Lunatic asylums Central Provinces reports 1910-1926 - 1910-1926
Year: 1910
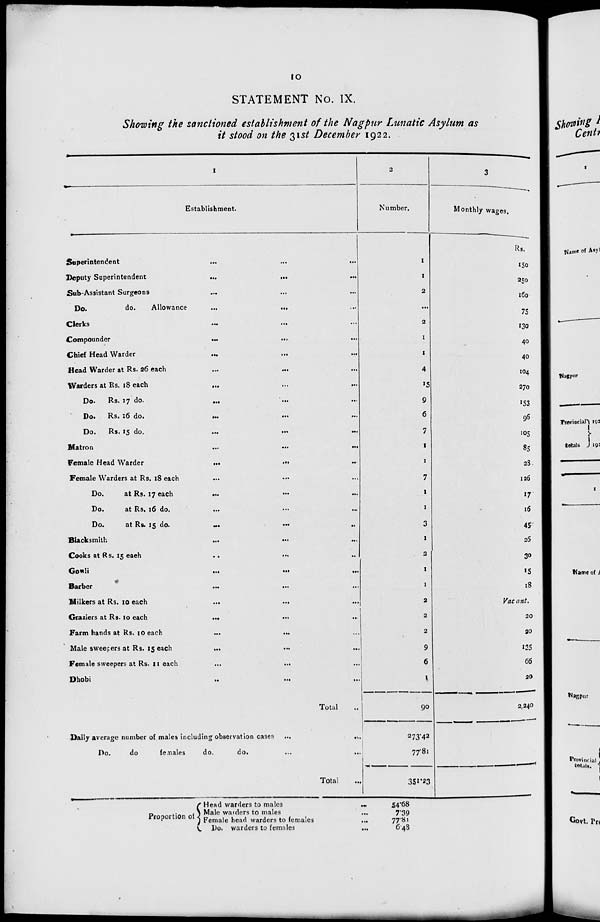
10
STATEMENT No. IX.
Showing the sanctioned establishment of the Nagpur Lunatic Asylum as
it stood on the 31st December 1922.
1
Establishment.
Superintendent ... ... ...
Deputy Superintendent
...
... ...
Sub-Assistant Surgeons
...
...
...
Do.
do.
Allowance
...
... ...
Clerks
...
... ...
Compounder
...
... ...
Chief Head Warder ... ... ...
Head Warder at Rs. 26 each ... ... ...
Warders at Rs. 18 each ... ... ...
Do.
Rs. 17 do.
...
... ...
Do.
Rs. 16 do.
...
...
...
Do.
Rs. 15 do.
...
...
...
Matron
...
...
...
Female Head Warder
...
... ...
Female Warders at Rs. 18 each ... ... ...
Do.
at Rs. 17 each
... ... ...
Do.
at Rs. 16 do. ... ... ...
Do.
at Rs. 15 do.
...
...
...
Blacksmith ... ... ...
Cooks at Rs. 15 each
...
...
...
Gowli
...
...
...
Barber ... ... ...
Milkers at Rs. 10 each
...
... ...
Graziers at Rs. 10 each
... ... ...
Farm hands at Rs. 10 each ... ... ...
Male sweepers at Rs. 15 each ... ... ...
Female sweepers at Rs. 11 each
...
... ...
Dhobi ... ... ...
Total ...
Daily average number of males including observation cases ...
...
Do.
do
females
do.
do. ... ...
Total ...
2
Number.
1
1
2
...
2
1
1
4
15
9
6
7
1
1
7
1
1
3
1
2
1
1
2
2
2
9
6
1
90
273.42
77.81
351.23
3
Monthly wages.
Rs.
150
250
160
75
130
40
40
104
270
153
96
105
85
28
126
17
16
45
26
30
15
18
Vacant.
20
20
135
66
20
2,240
Proportion of
Head warders to males
...
Male warders to males ...
Female head warders to females ...
Do. warders to females
...
54.68
7.39
77.81
6.48